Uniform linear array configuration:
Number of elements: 48
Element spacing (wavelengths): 1
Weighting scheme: blackman
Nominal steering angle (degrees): -15
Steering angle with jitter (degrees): -14.576
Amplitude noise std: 0.05
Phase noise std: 0.05

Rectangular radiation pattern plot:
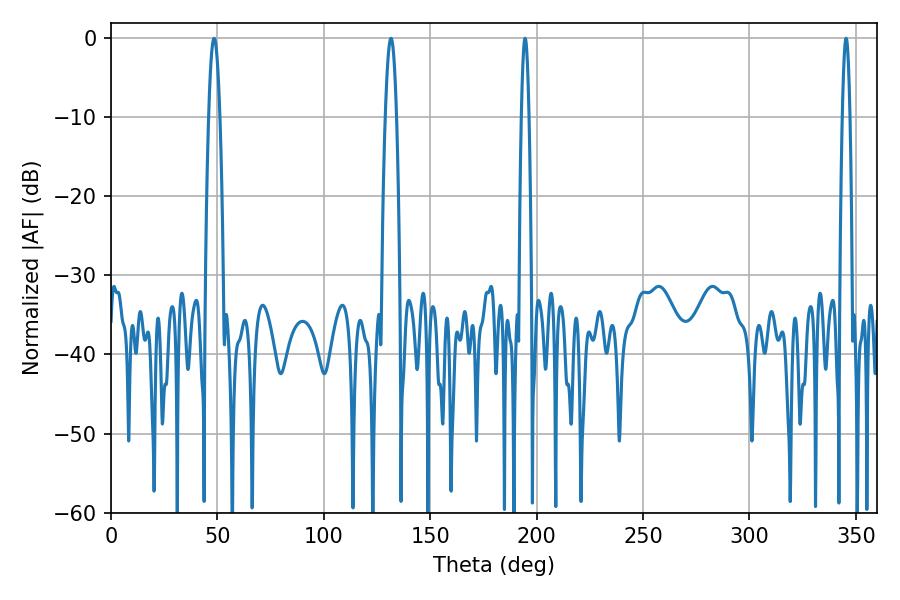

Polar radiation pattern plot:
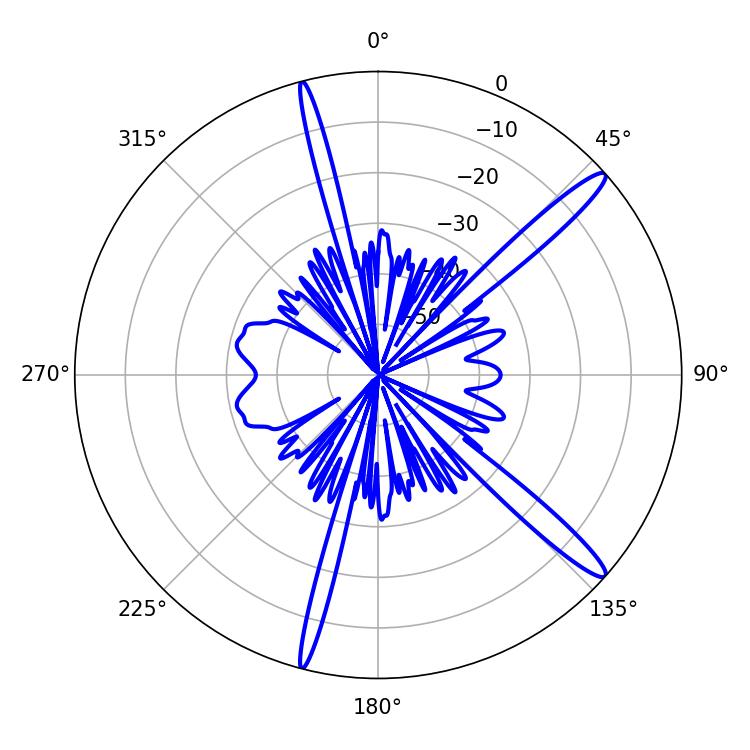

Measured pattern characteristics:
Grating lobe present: TRUE
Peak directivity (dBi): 15.002
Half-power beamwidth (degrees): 1.8
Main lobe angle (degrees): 194.58